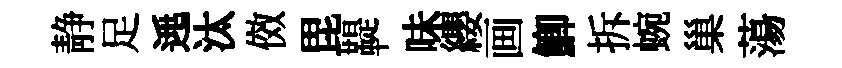
静足𨓱汰傚毘鞮味纓画鯽拆蜿巢蕩